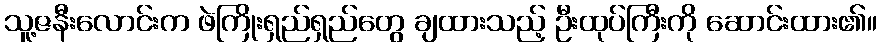
သူ့ဇနီးလောင်းက ဖဲကြိုးရှည်ရှည်တွေ ချထားသည့် ဦးထုပ်ကြီးကို ဆောင်းထား၏။